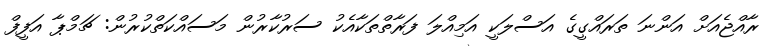
ރާއްޖެއަށް އަންނަ ތަރައްގީގެ އަސްލަކީ އަމިއްލަ ފަރާތްތަކާއެކު ސަރުކާރުން މަސައްކަތްކުރުން: ޗަމްޕާ އަފީފް